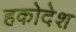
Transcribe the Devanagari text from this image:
हकोदेश